State Department UAP Cable 4, Ashgabat, Turkmenistan, November 5, 2004
Agency: Department of State
Incident date: 11/5/04
Incident location: Turkmenistan
Page 1
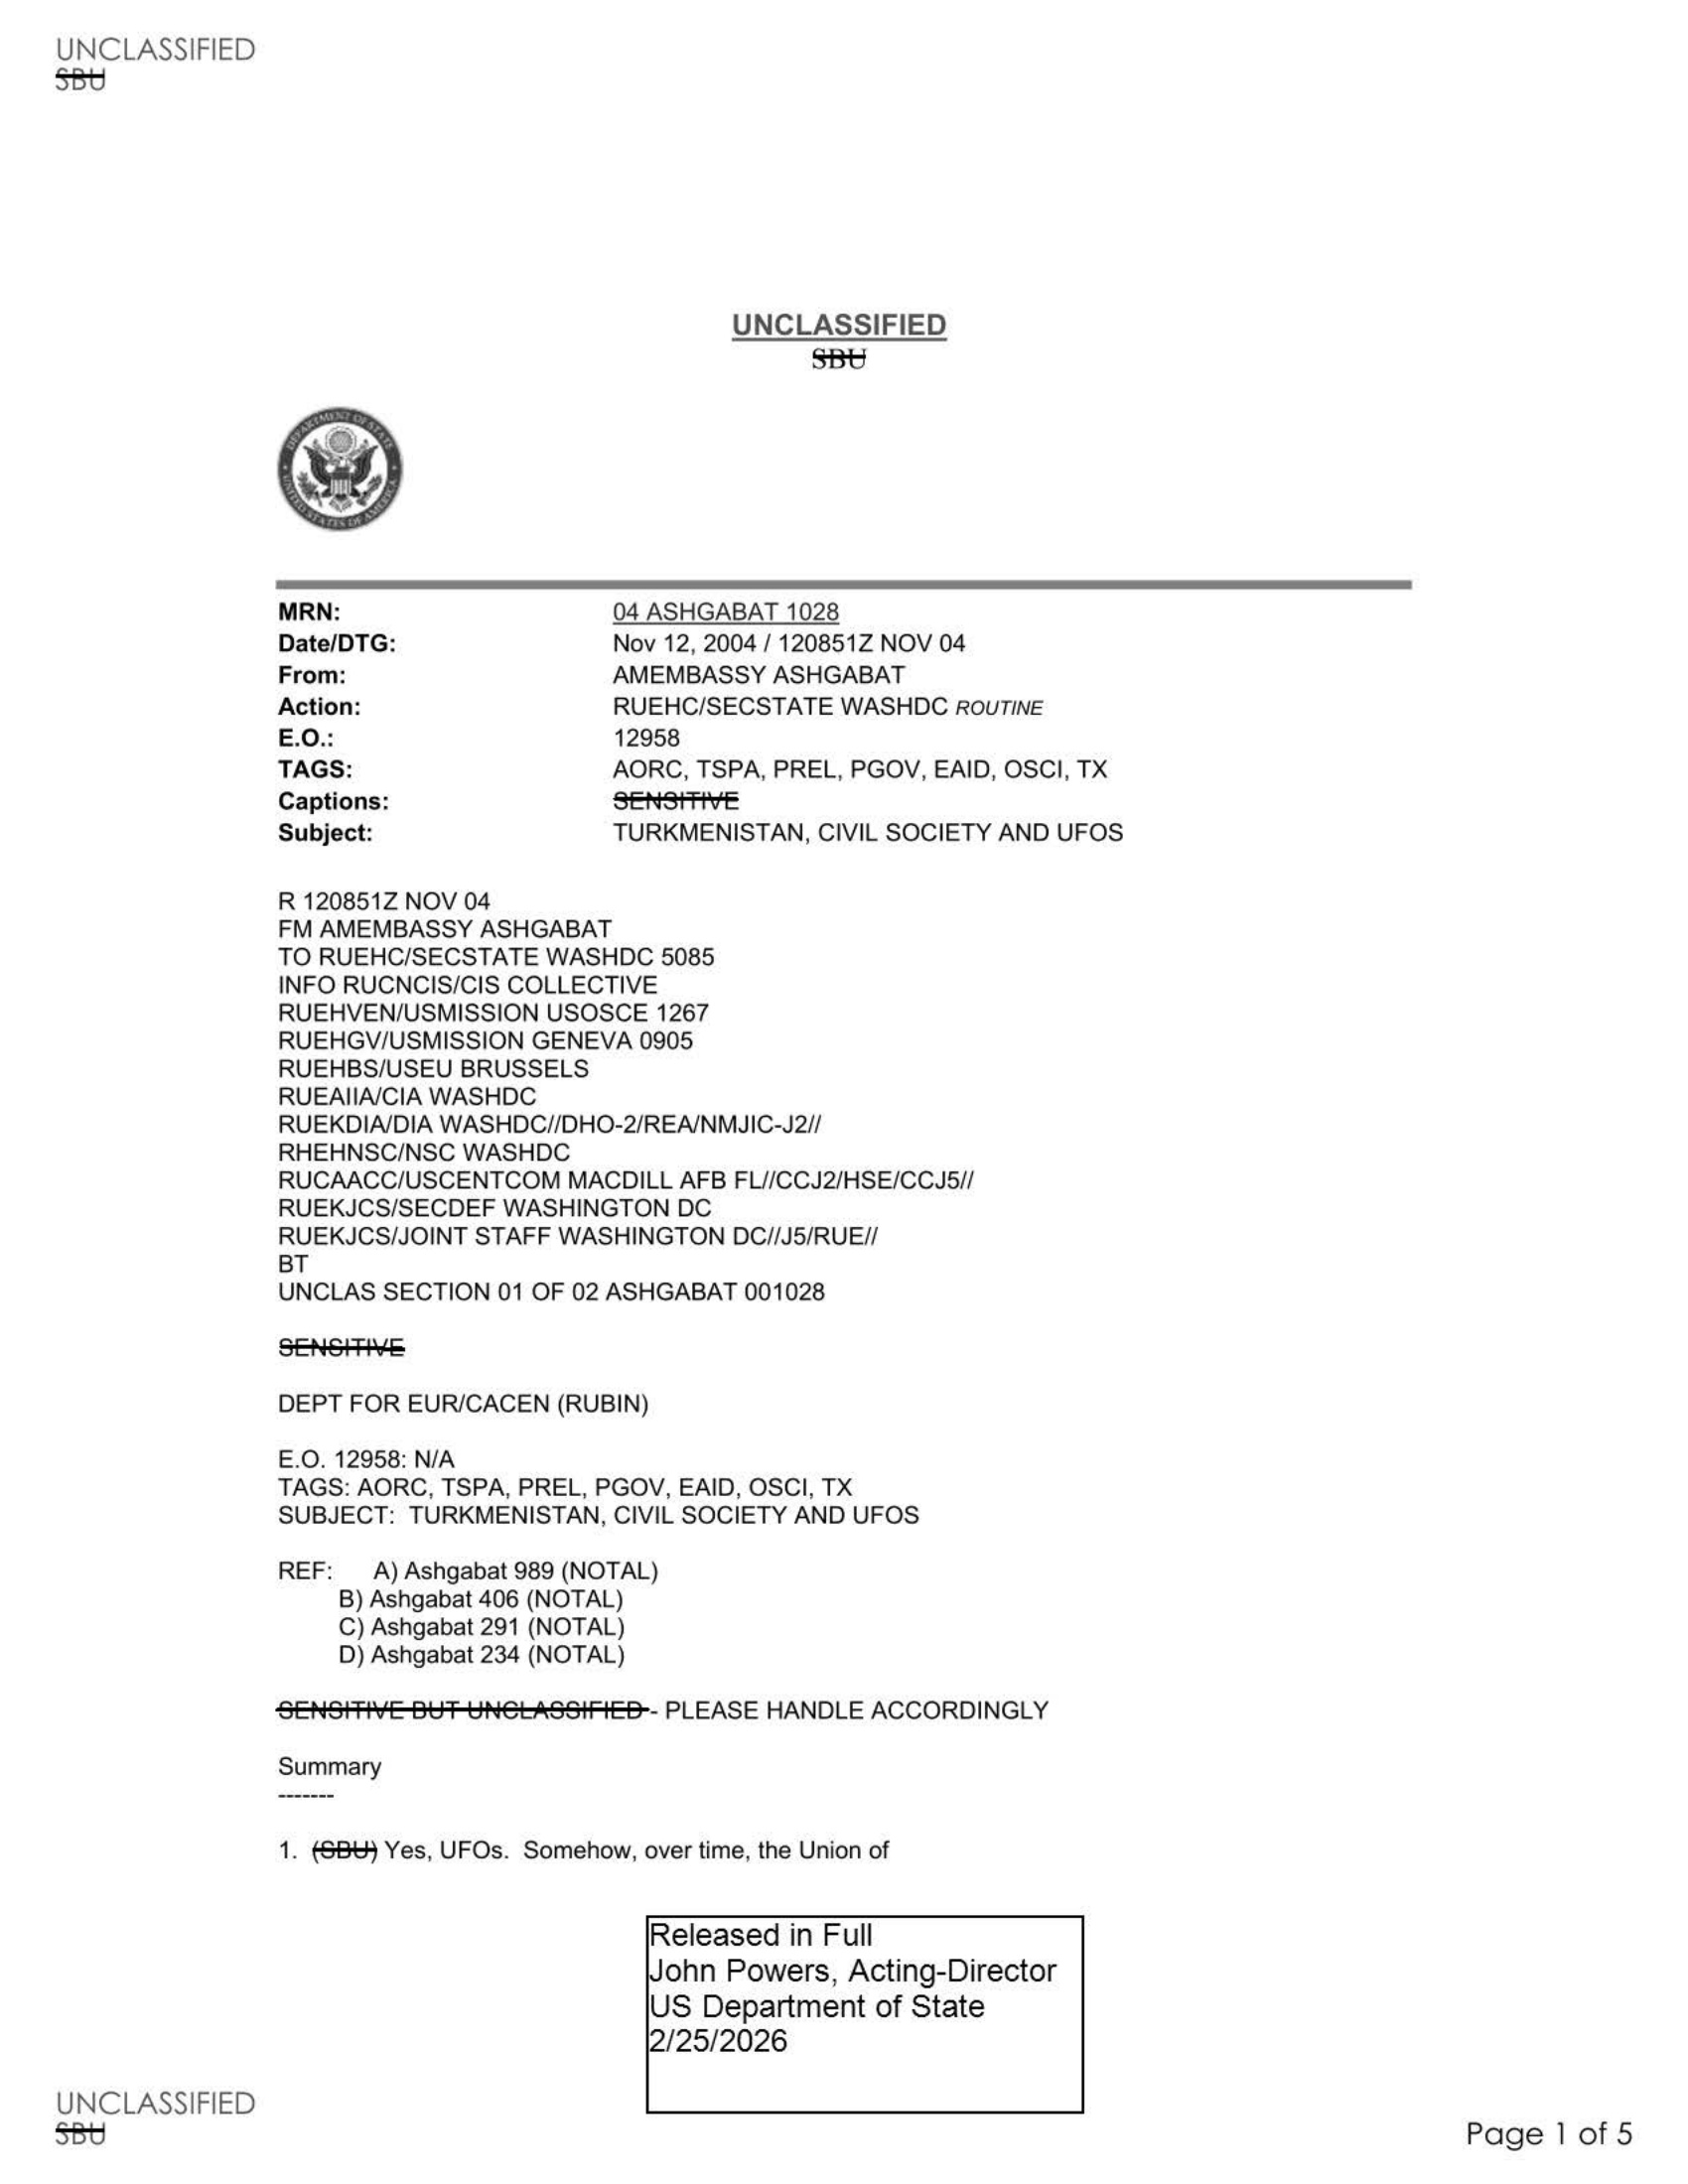